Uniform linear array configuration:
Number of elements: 12
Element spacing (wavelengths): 0.75
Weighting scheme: uniform
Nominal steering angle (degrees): -45
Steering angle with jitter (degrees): -46.991
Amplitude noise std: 0.05
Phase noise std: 0.05

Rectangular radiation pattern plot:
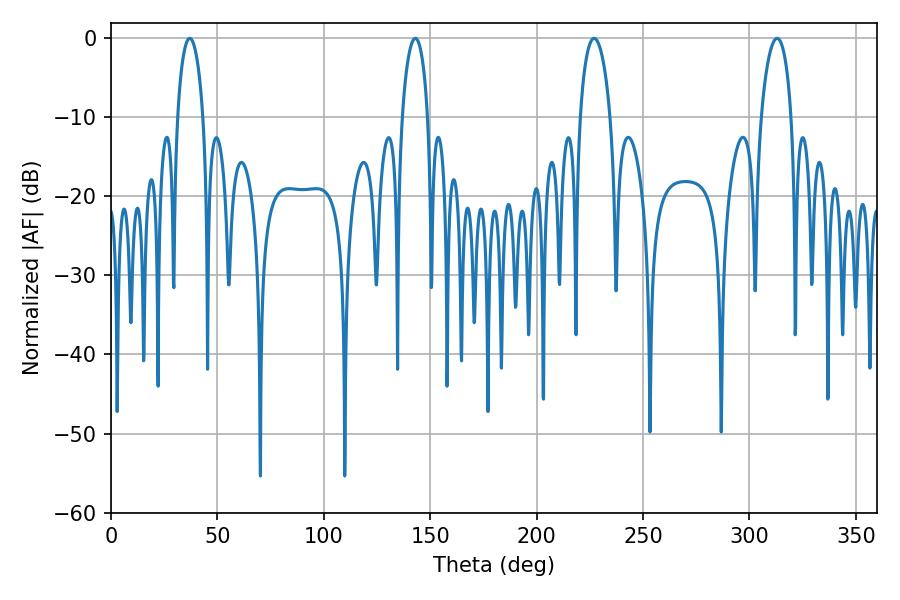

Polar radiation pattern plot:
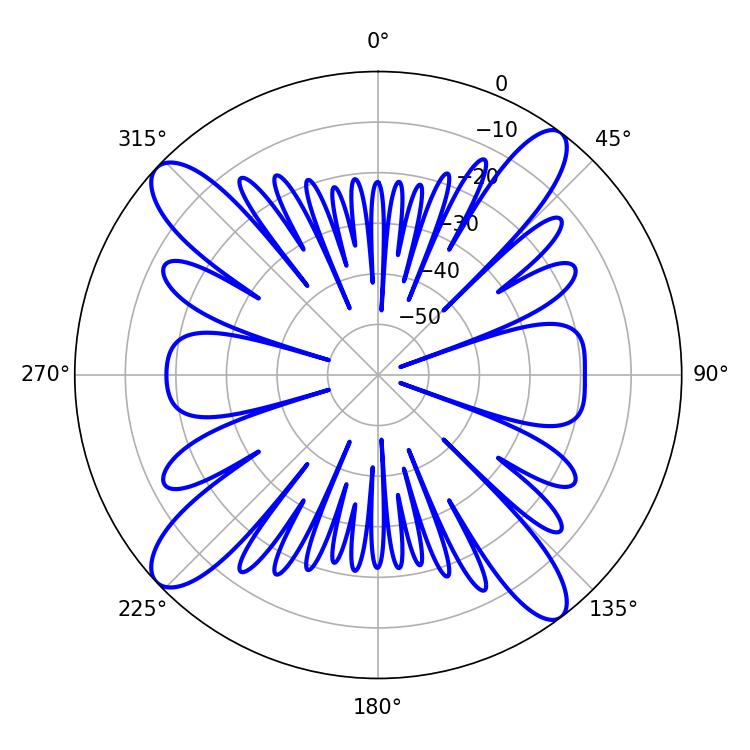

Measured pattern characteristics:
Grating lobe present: TRUE
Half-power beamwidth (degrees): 8.1
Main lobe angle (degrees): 226.98